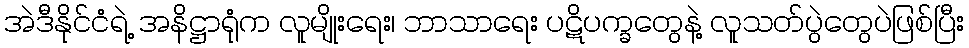
အဲဒီနိုင်ငံရဲ့ အနိဋ္ဌာရုံက လူမျိုးရေး၊ ဘာသာရေး ပဋိပက္ခတွေနဲ့ လူသတ်ပွဲတွေပဲဖြစ်ပြီး